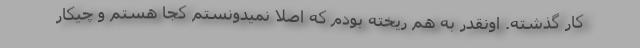
کار گذشته. اونقدر به هم ریخته بودم که اصلا نمیدونستم کجا هستم و چیکار